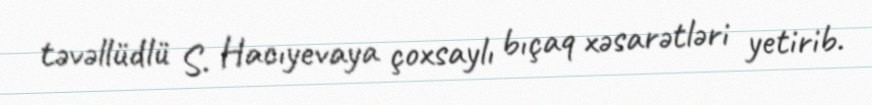
təvəllüdlü S. Hacıyevaya çoxsaylı bıçaq xəsarətləri yetirib.